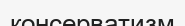
консерватизм